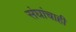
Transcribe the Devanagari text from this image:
संघांचाही